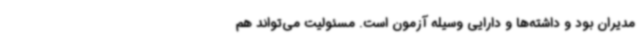
مدیران بود و داشته‌ها و دارایی وسیله آزمون است. مسئولیت می‌تواند هم